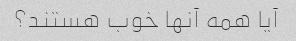
آیا همه آنها خوب هستند؟